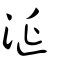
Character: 涎